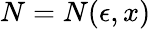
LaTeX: N=N(\epsilon,x)